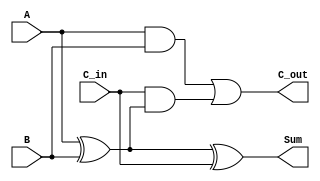
module RippleCarryFullAdder (
    input wire A,       // First input bit
    input wire B,       // Second input bit
    input wire C_in,    // Carry-in bit
    output wire Sum,    // Sum output
    output wire C_out   // Carry-out output
);

// Intermediate signals
wire A_xor_B;

// Calculate the Sum
assign A_xor_B = A ^ B;          // A XOR B
assign Sum = A_xor_B ^ C_in;     // Sum = (A XOR B) XOR C_in

// Calculate the Carry-out
assign C_out = (A & B) | (C_in & A_xor_B); // C_out = (A AND B) OR (C_in AND (A XOR B))

endmodule